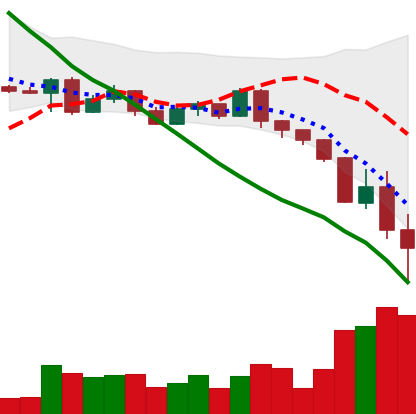
Ticker: ETH-USD
Chart end date: 2022-05-12
Forward return: 6.561%
Label: up_5_7